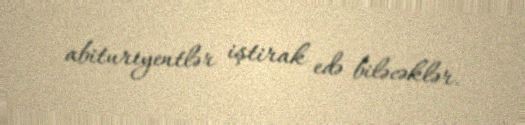
abituriyentlər iştirak edə biləcəklər.